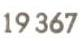
19 367